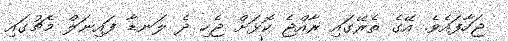
ޖަހާފައެވެ. އޭގެ ތެރޭގައި ރާއްޖެ ކޮޅަށް ޖެހި ދެ ލަނޑާ ފައިނަލް މެޗުގައި